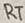
Text: RT